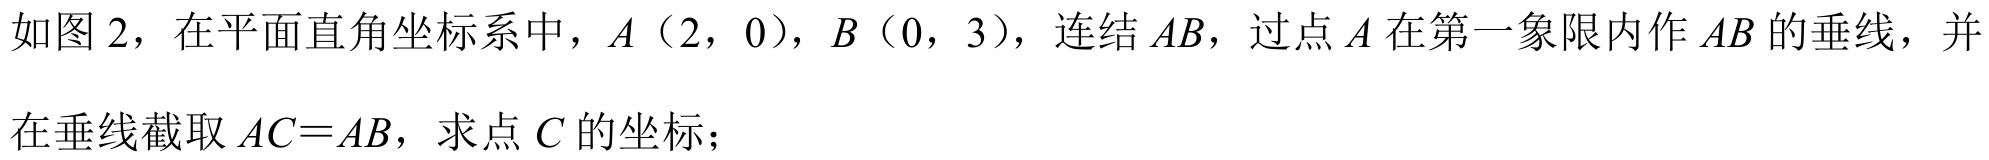
如图 2，在平面直角坐标系中，\(A(2,0)\)，\(B(0,3)\)，连结\(AB\)，过点\(A\)在第一象限内作\(AB\)的垂线，并
在垂线截取\(AC = AB\)，求点\(C\)的坐标；